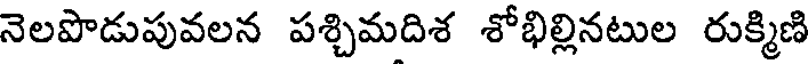
నెలపొడుపువలన పశ్చిమదిశ శోభిల్లినటుల రుక్మిణి